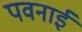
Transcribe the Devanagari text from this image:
पवनाई